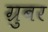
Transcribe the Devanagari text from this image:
ग्रुबर